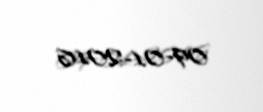
09-01-2016